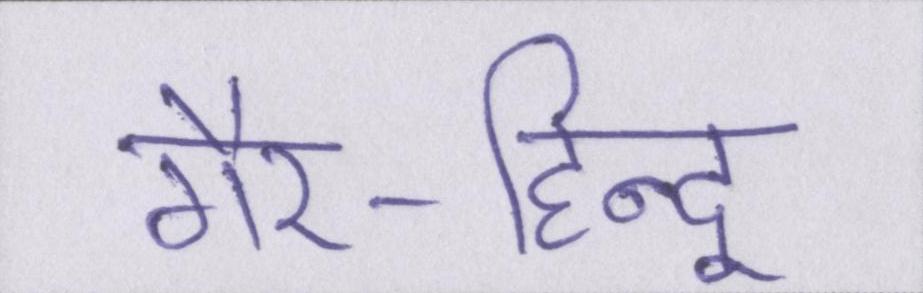
गैर-हिन्दू